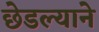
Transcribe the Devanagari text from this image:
छेडल्याने